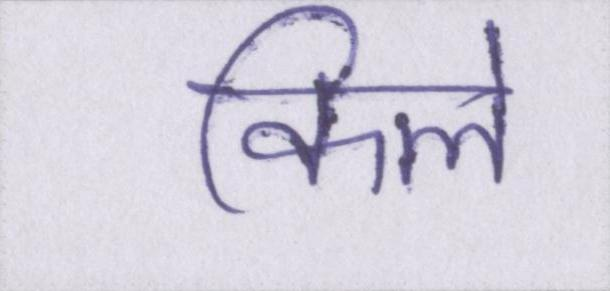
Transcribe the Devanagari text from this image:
किले